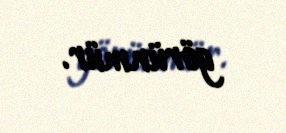
görünmür.